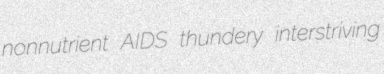
nonnutrient AIDS thundery interstriving